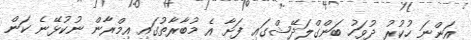
އަންނަ ހުކުރު ދުވަހު ބަންގްލަދޭޝްގައި ފަށާ އެ މުބާރާތުގައި އިމްރާން ނުކުޅޭނެ ކަން